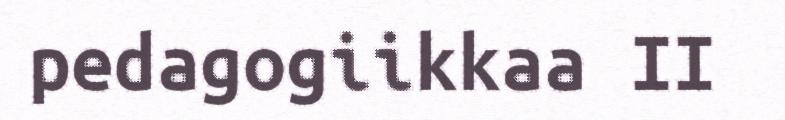
pedagogiikkaa II